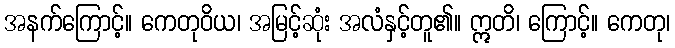
အနက်ကြောင့်။ ကေတုဝိယ၊ အမြင့်ဆုံး အလံနှင့်တူ၏။ ဣတိ၊ ကြောင့်။ ကေတု၊